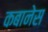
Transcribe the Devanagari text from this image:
कबानेस